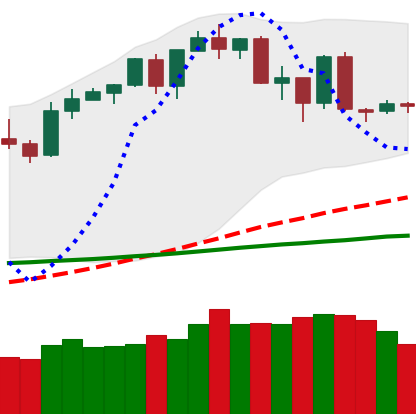
Ticker: BTC-USD
Chart end date: 2020-02-22
Forward return: -9.093%
Label: down_7plus